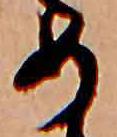
め